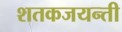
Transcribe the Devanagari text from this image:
शतकजयन्ती